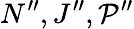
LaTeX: N^{\prime\prime},J^{\prime\prime},\mathcal{P}^{\prime\prime}